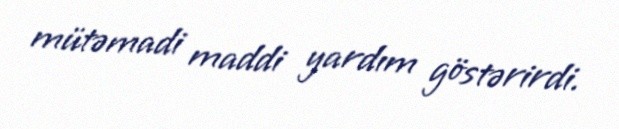
mütəmadi maddi yardım göstərirdi.